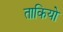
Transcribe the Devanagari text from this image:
ताकियो